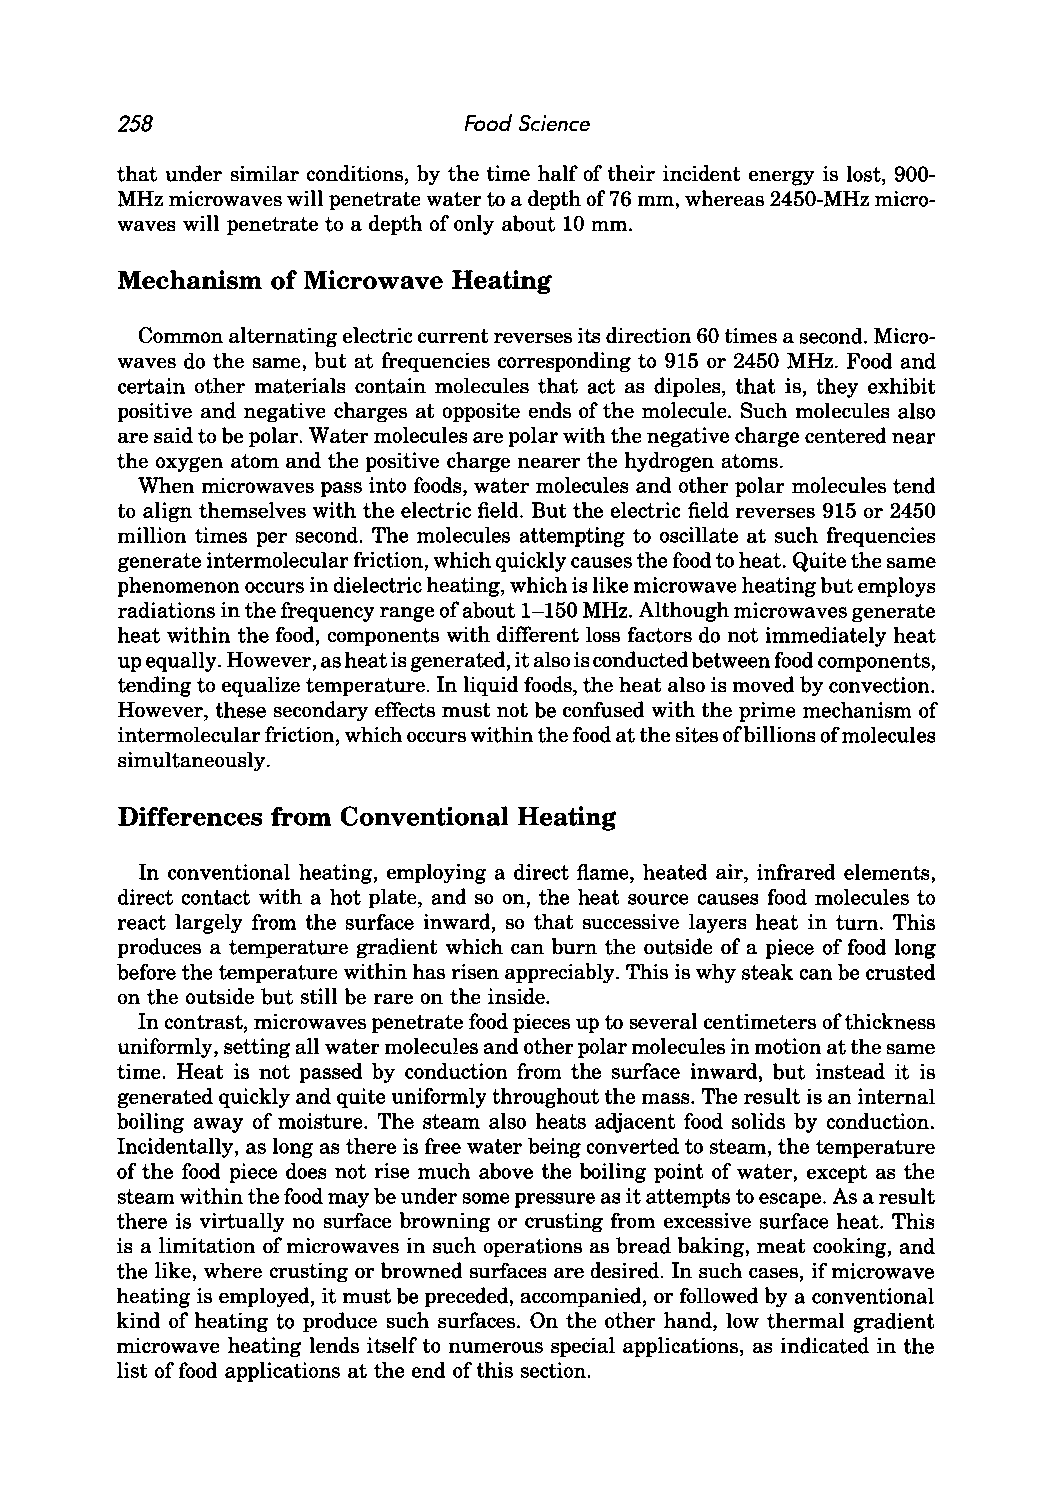
258                    Food Science
 that under similar conditions, by the time half of their incident energy is lost, 900-
 MHz microwaves will penetrate water to a depth of 76 mm, whereas 2450-MHz micro
 waves will penetrate to a depth of only about 10 mm.
 Mechanism of Microwave Heating
 Common alternating electric current reverses its direction 60 times a second. Micro
 waves do the same, but at frequencies corresponding to 915 or 2450 MHz. Food and
 certain other materials contain molecules that act as dipoles, that is, they exhibit
 positive and negative charges at opposite ends of the molecule. Such molecules also
 are said to be polar. Water molecules are polar with the negative charge centered near
 the oxygen atom and the positive charge nearer the hydrogen atoms.
 When microwaves pass into foods, water molecules and other polar molecules tend
 to align themselves with the electric field. But the electric field reverses 915 or 2450
 million times per second. The molecules attempting to oscillate at such frequencies
 generate intermolecular friction, which quickly causes the food to heat. Quite the same
 phenomenon occurs in dielectric heating, which is like microwave heating but employs
 radiations in the frequency range of about 1-150 MHz. Although microwaves generate
 heat within the food, components with different loss factors do not immediately heat
 up equally. However, as heat is generated, it also is conducted between food components,
 tending to equalize temperature. In liquid foods, the heat also is moved by convection.
 However, these secondary effects must not be confused with the prime mechanism of
 intermolecular friction, which occurs within the food at the sites of billions of molecules
 simultaneously.
 Differences from Conventional Heating
 In conventional heating, employing a direct flame, heated air, infrared elements,
 direct contact with a hot plate, and so on, the heat source causes food molecules to
 react largely from the surface inward, so that successive layers heat in turn. This
 produces a temperature gradient which can burn the outside of a piece of food long
 before the temperature within has risen appreciably. This is why steak can be crusted
 on the outside but still be rare on the inside.
 In contrast, microwaves penetrate food pieces up to several centimeters of thickness
 uniformly, setting all water molecules and other polar molecules in motion at the same
 time. Heat is not passed by conduction from the surface inward, but instead it is
 generated quickly and quite uniformly throughout the mass. The result is an internal
 boiling away of moisture. The steam also heats adjacent food solids by conduction.
 Incidentally, as long as there is free water being converted to steam, the temperature
 of the food piece does not rise much above the boiling point of water, except as the
 steam within the food may be under some pressure as it attempts to escape. As a result
 there is virtually no surface browning or crusting from excessive surface heat. This
 is a limitation of microwaves in such operations as bread baking, meat cooking, and
 the like, where crusting or browned surfaces are desired. In such cases, if microwave
 heating is employed, it must be preceded, accompanied, or followed by a conventional
 kind of heating to produce such surfaces. On the other hand, low thermal gradient
 microwave heating lends itself to numerous special applications, as indicated in the
 list of food applications at the end of this section.